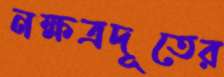
নক্ষত্রদূতের